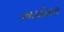
ઝાલોદર